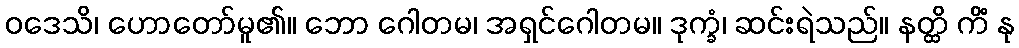
ဝဒေသိ၊ ဟောတော်မူ၏။ ဘော ဂေါတမ၊ အရှင်ဂေါတမ။ ဒုက္ခံ၊ ဆင်းရဲသည်။ နတ္ထိ ကိံ နု